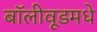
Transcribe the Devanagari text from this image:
बॉलीवूडमधे